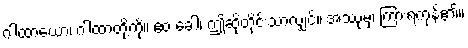
ဂါထာယော၊ ဂါထာတို့ကို။ ဧဝံ ခေါ၊ ဤဆိုတိုင်းသာလျှင်။ အဿုမှ၊ ကြားရကုန်၏။